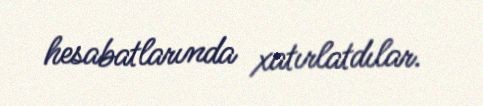
hesabatlarında xatırlatdılar.